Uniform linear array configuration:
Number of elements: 64
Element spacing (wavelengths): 0.75
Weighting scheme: binomial
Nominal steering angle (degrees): -45
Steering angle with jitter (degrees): -43.958
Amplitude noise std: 0.05
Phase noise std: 0.05

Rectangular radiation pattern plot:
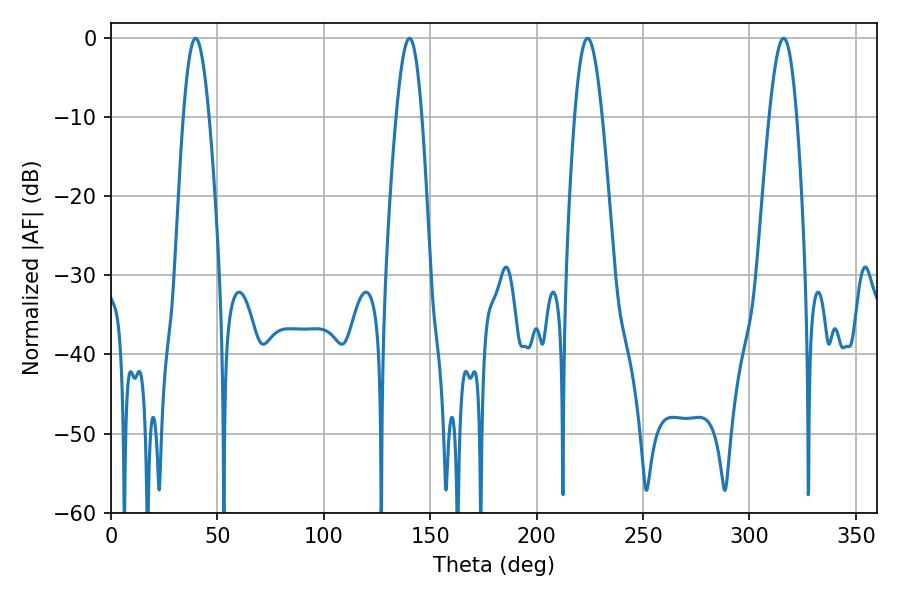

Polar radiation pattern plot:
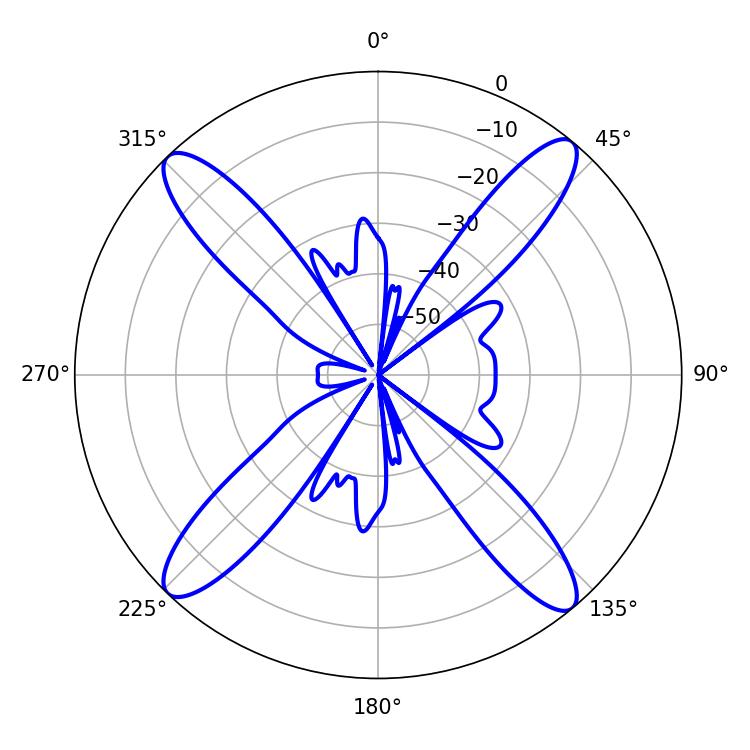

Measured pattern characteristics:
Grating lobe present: TRUE
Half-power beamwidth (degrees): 7.02
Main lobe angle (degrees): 223.92